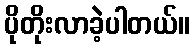
ပိုတိုးလာခဲ့ပါတယ်။